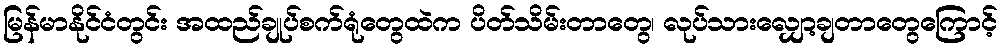
မြန်မာနိုင်ငံတွင်း အထည်ချုပ်စက်ရုံတွေထဲက ပိတ်သိမ်းတာတွေ၊ လုပ်သားလျှော့ချတာတွေကြောင့်